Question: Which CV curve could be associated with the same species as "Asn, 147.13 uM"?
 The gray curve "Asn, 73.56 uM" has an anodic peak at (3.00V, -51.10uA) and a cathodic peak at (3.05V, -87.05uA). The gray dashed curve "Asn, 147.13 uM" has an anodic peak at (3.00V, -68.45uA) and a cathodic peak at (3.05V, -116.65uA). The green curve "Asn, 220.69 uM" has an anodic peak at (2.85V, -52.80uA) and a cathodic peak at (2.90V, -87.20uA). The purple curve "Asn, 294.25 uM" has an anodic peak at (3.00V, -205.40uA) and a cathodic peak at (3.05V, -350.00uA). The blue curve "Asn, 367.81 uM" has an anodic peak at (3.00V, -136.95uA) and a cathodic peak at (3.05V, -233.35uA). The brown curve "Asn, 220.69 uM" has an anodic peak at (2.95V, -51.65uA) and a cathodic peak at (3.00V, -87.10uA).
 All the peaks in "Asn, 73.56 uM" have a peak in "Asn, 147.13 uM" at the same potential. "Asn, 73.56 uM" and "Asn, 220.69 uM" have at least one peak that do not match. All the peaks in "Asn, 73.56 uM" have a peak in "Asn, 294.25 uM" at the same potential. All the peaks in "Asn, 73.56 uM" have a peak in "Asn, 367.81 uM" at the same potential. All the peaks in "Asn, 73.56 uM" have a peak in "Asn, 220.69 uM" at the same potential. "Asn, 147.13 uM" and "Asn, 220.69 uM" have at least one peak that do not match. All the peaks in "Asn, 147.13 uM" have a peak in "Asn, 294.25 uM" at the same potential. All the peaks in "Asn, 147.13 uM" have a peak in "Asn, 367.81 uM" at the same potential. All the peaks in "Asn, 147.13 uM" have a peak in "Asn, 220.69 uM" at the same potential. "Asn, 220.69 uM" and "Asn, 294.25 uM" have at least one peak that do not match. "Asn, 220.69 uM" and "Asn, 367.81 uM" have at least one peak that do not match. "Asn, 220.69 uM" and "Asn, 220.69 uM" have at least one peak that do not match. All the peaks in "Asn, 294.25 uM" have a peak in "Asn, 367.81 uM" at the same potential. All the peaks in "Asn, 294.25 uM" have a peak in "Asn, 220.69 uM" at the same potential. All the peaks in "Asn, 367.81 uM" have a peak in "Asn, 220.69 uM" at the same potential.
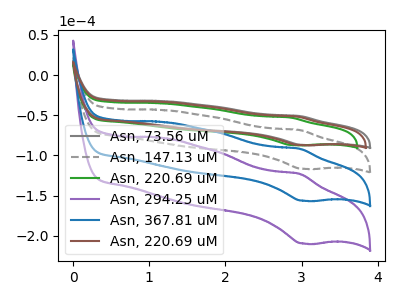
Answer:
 <answer>"Asn, 147.13 uM", "Asn, 294.25 uM", "Asn, 367.81 uM" and "Asn, 220.69 uM" have a similar shape to "Asn, 73.56 uM".</answer>
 <eval>"Asn, 147.13 uM" "Asn, 294.25 uM" "Asn, 367.81 uM" "Asn, 220.69 uM"</eval>